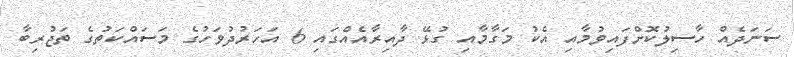
ސަނަދެއް ހާސިލުކޮށްފައިވުމާއި އެކު މަގާމާއި ގުޅޭ ދާއިރާއެއްގައި 6 އަހަރުދުވަހުގެ މަސައްކަތުގެ ތަޖުރިބާ